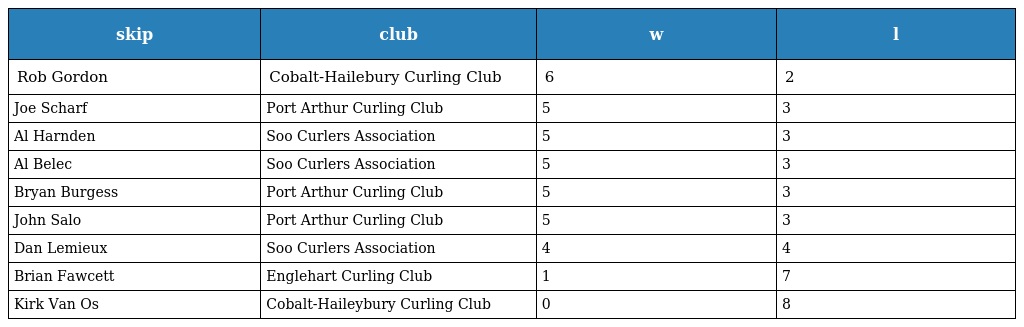
| skip | club | w | l |
 | --- | --- | --- | --- |
 | Rob Gordon | Cobalt-Hailebury Curling Club | 6 | 2 |
 | Joe Scharf | Port Arthur Curling Club | 5 | 3 |
 | Al Harnden | Soo Curlers Association | 5 | 3 |
 | Al Belec | Soo Curlers Association | 5 | 3 |
 | Bryan Burgess | Port Arthur Curling Club | 5 | 3 |
 | John Salo | Port Arthur Curling Club | 5 | 3 |
 | Dan Lemieux | Soo Curlers Association | 4 | 4 |
 | Brian Fawcett | Englehart Curling Club | 1 | 7 |
 | Kirk Van Os | Cobalt-Haileybury Curling Club | 0 | 8 |